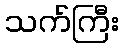
သက်ကြီး